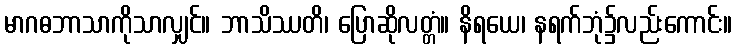
မာဂဓဘာသာကိုသာလျှင်။ ဘာသိဿတိ၊ ပြောဆိုလတ္တံ။ နိရယေ၊ နရက်ဘုံ၌လည်းကောင်း။